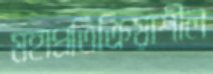
মহাপ্রতিক্রিয়াশীল